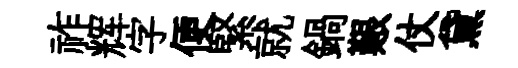
祚辉字便緊就鍋艱仗黛